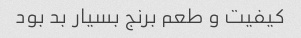
کیفیت و طعم برنج بسیار بد بود